Civil Veterinary Department. Central Provinces & Berar 1932-41 - 1932-1941
Year: 1932
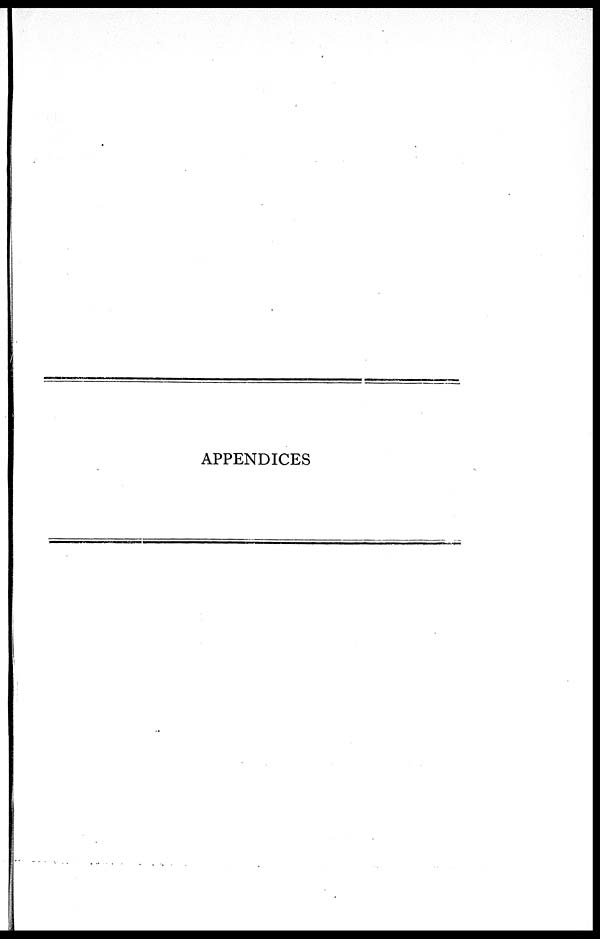
APPENDICES